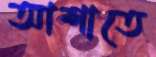
আশাতে